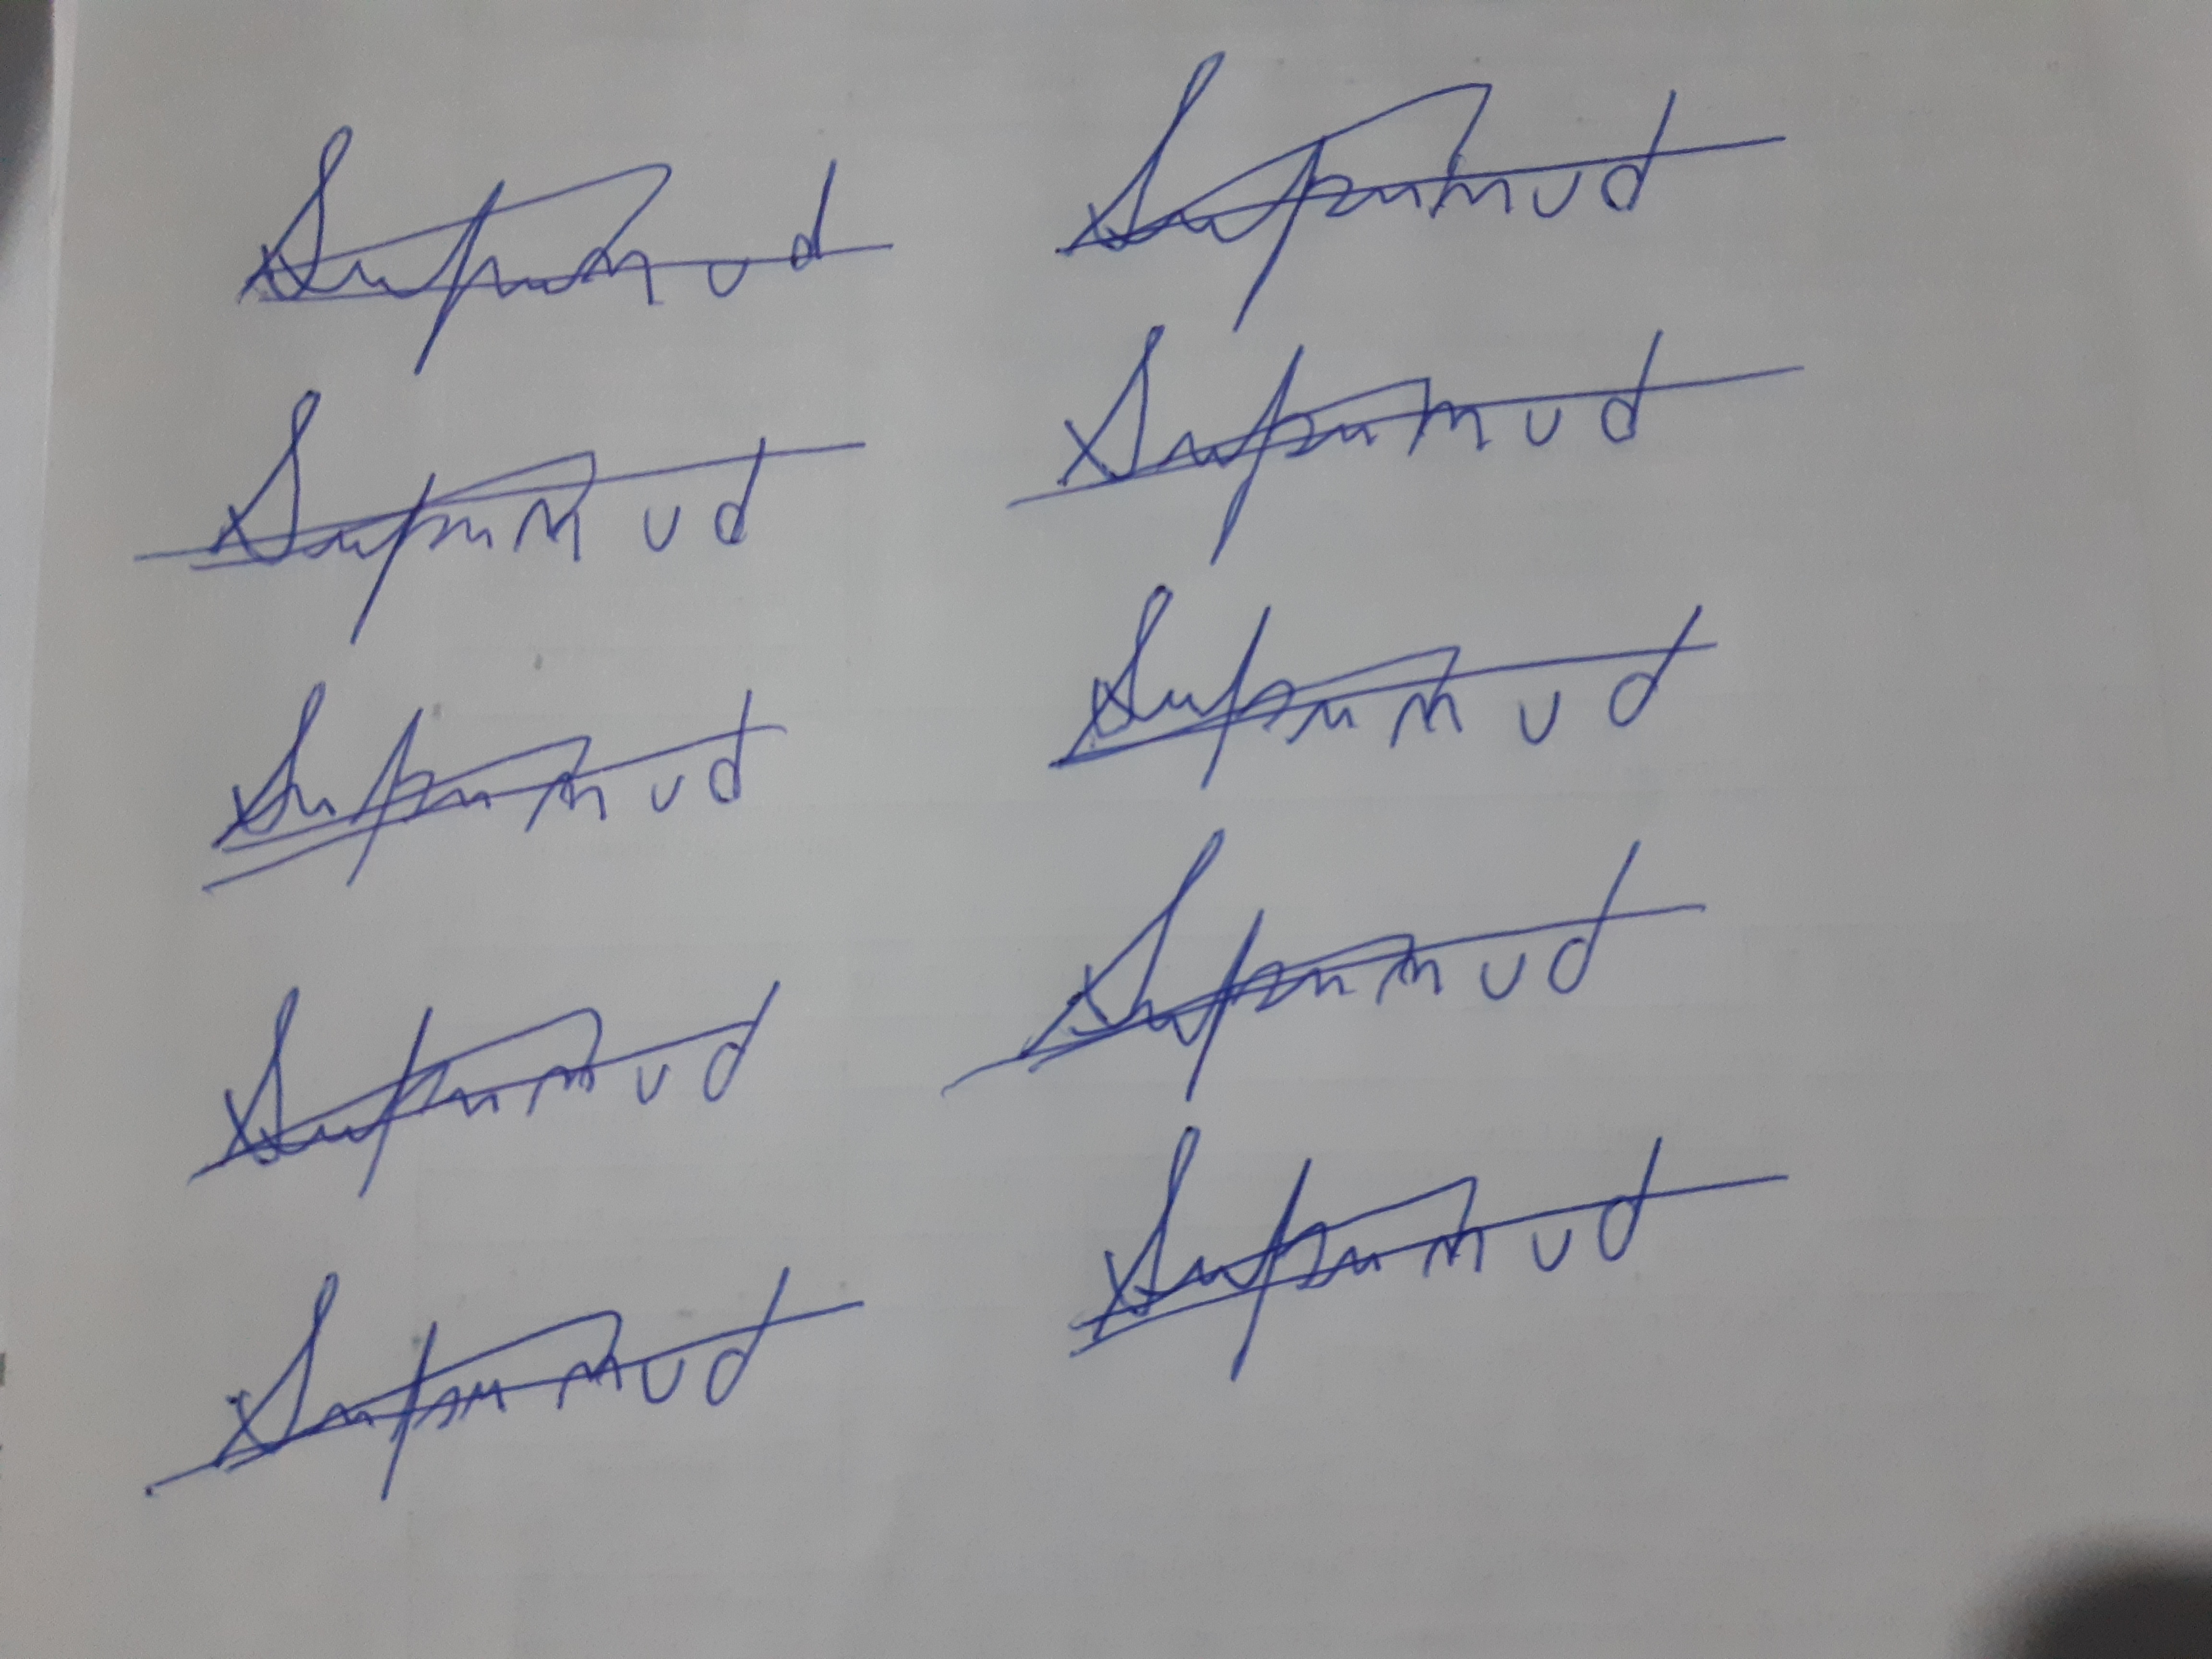
Signature authenticity: forged